Report of the King Institute of Preventive Medicine, Guindy
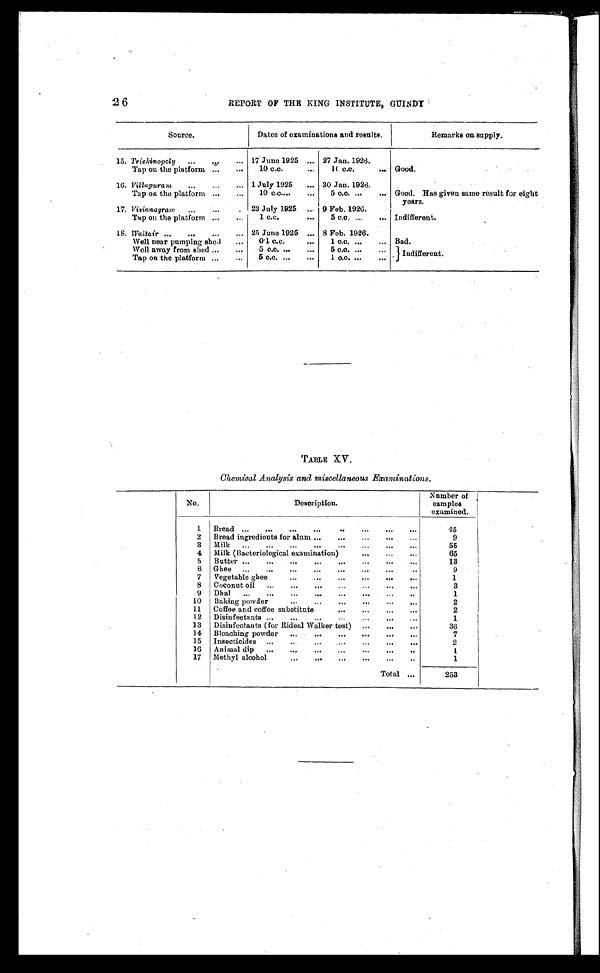
26
REPORT OF THE KING INSTITUTE, GUINDY
Source.
Dates of examinations and results.
Remarks on supply.
15. Trichinopoly . . . 17 June 1925 . . . 27 Jan. 1926.
Good.
Tap on the platform . . .
10 c.c. . . .
1 0 c . c . . . .
16. Villupuram. . . . 1 July 1925 . . . 30 Jan. 1926. . . .
Good. Has given same result for eight
years.
Tap on the platform . . .
10 c.c. . . .
5 c.c. . . .
17. Viziana gram . . .
23 July 1925 . . .
9 Feb. 1926.
Indifferent.
Tap on the platform . . .
1 c.c. . . .
5 c.c. . . .
18. Waltair . . . 25 June 1925 . . . 8 Feb. 1926.
Bad.
Well near pumping shed . . .
0.1 c.c. . . .
1 c.c. . . .
Well away from shed . . .
5 c.c. . . .
5 c.c. . . .
Indifferent.
Tap on the platform . . .
5 c.c. . . .
1 c.c. . . .
TABLE XV.
Chemical Analysis and miscellaneous Examinations.
No.
Description.
Number of
samples
examined.
1
Bread . . .
45
2
Bread ingredients for alum . . .
9
3
Milk . . .
55
4
Milk (Bacteriological examination) . . .
65
5
Butter . . .
13
6
Ghee . . .
9
7
Vegetable ghee . . .
1
8
Coconut oil . . .
3
9
Dhal . . .
1
10
B a k i n g p o w d e r . . .
2
11
Coffee and coffee substitute . . .
2
12
Disinfectants . . .
1
13
Disinfectants (for Rideal Walker test) . . .
36
14
Bleaching powder . . .
7
15
Insecticides . . .
2
16
Animal dip . . .
1
17
M e t h y l a l c o h o l . . .
1
Total . . .
253